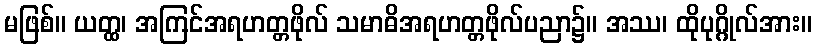
မဖြစ်။ ယတ္ထ၊ အကြင်အရဟတ္တဖိုလ် သမာဓိအရဟတ္တဖိုလ်ပညာ၌။ အဿ၊ ထိုပုဂ္ဂိုလ်အား။